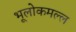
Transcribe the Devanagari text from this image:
भूलोकमल्ल